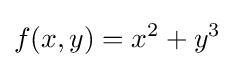
f(x,y)=x^{2}+y^{3}